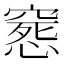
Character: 𥧛